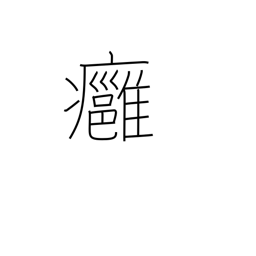
Meaning: boil